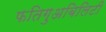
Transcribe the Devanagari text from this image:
फतिगुअबिलिटी